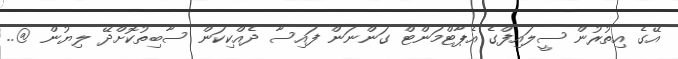
އޭގެ އިތުރުން ސީލައިފްގެ އެޕާޓްމަންޓް ގަންނަން ފައިސާ ދެއްކިކަން ސާބިތުކޮށްދޭ ލިޔުން @..